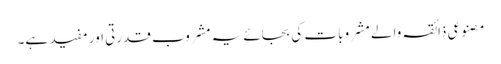
مصنوعی ذائقہ والے مشروبات کی بجائے یہ مشروب قدرتی اور مفید ہے۔